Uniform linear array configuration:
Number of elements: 8
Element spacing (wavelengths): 0.75
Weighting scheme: binomial
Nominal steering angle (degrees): -60
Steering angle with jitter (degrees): -59.978
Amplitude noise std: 0.05
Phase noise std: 0.05

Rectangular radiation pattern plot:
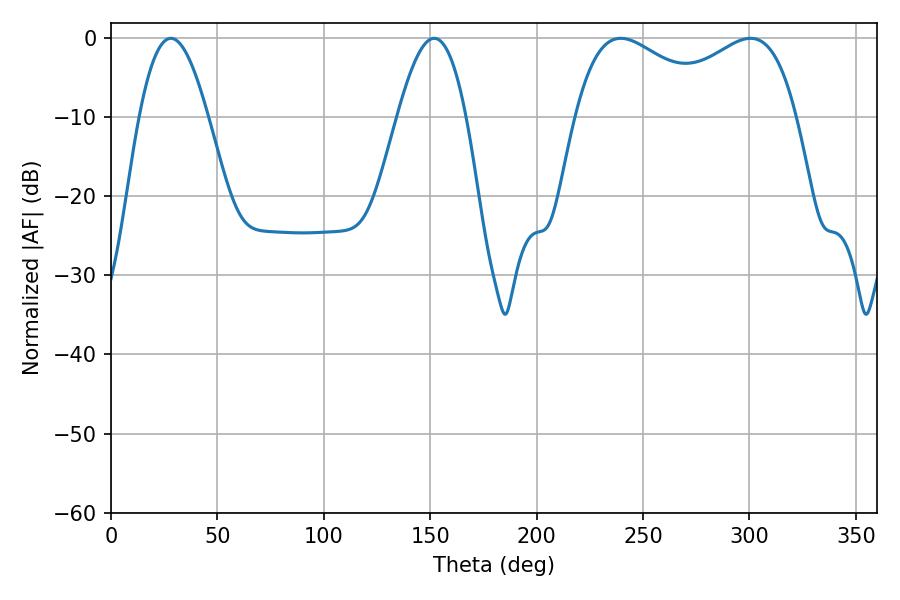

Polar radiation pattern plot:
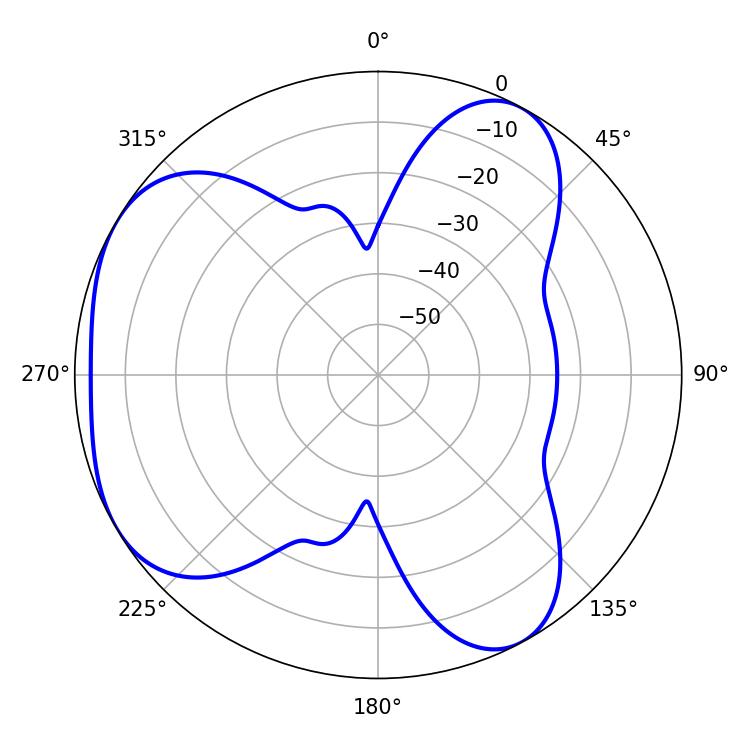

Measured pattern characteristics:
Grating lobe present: TRUE
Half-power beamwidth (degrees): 38.7
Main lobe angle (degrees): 300.42